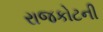
રાજકોટની